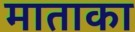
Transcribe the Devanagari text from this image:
माताका